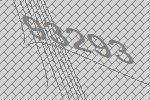
93293